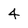
Character: 4